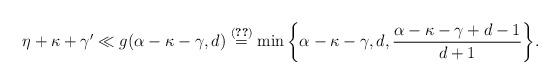
LaTeX: \begin{align*}\eta + \kappa + \gamma' \ll g(\alpha -\kappa-\gamma,d) \overset{\eqref{eq:g-func}}{=} \min \bigg\{\alpha -\kappa-\gamma,d, \frac{\alpha-\kappa-\gamma+d-1}{d+1} \bigg\}.\end{align*}